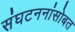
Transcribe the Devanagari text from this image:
संघटननांसोबत